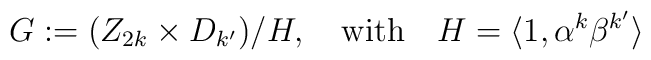
G:=(Z_{2k} \times D_{k'})/H,~~~{\rm with}~~~	H=\langle1,\alpha^k \beta^{k'} \rangle